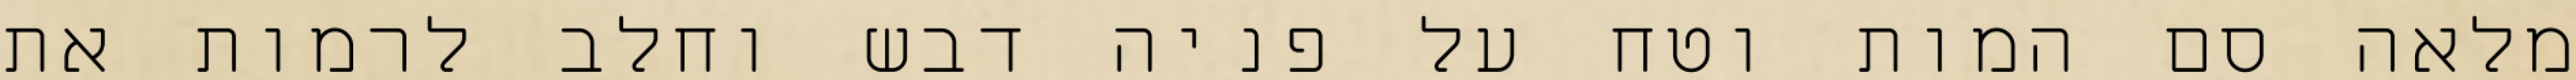
מלאה סם המות וטח על פניה דבש וחלב לרמות את